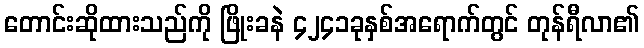
တောင်းဆိုထားသည်ကို ဖြိုးခနဲ ၄၂၄၁ခုနှစ်အရောက်တွင် တုန်ရီလာ၏